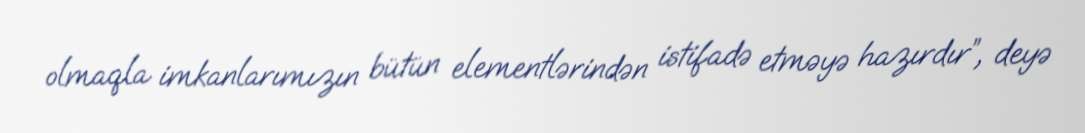
olmaqla imkanlarımızın bütün elementlərindən istifadə etməyə hazırdır”, deyə